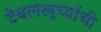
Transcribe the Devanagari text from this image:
टेबलखुर्च्यांची